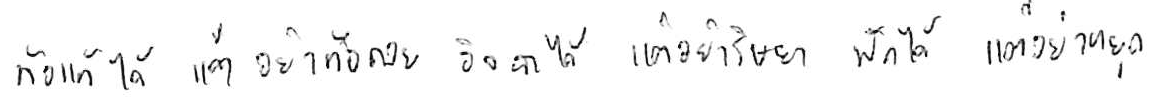
ท้อแท้ได้ แต่อย่าท้อถอย อิจฉาได้ แต่อย่าริษยา พักได้ แต่อย่าหยุด